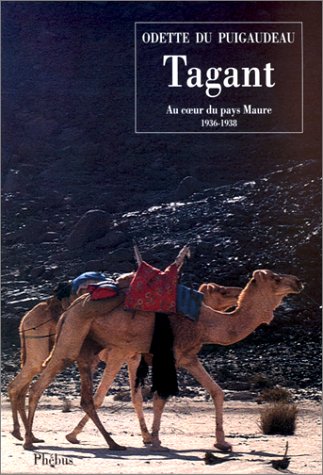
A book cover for Tagant: Au coeur du pays maure, 1933-1936 (D'ailleurs) (French Edition); Odette Du Puigaudeau; Travel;